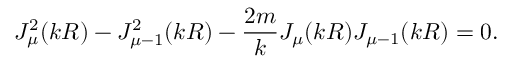
J _ { \mu } ^ { 2 } ( k R ) - J _ { \mu - 1 } ^ { 2 } ( k R ) - \frac { 2 m } { k } J _ { \mu } ( k R ) J _ { \mu - 1 } ( k R ) = 0 .